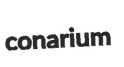
conarium